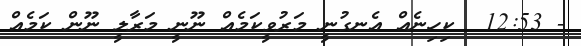
- 12:53  ކިހިނެއް އެނގުނީ މަރުވީކަމެއް ނޫނީ މަރާލީ ނޫން ކަމެއް